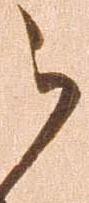
被